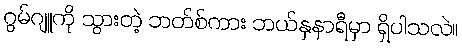
ဂွမ်ဂျူကို သွားတဲ့ ဘတ်စ်ကား ဘယ်နှနာရီမှာ ရှိပါသလဲ။